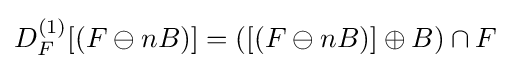
D_{F}^{(1)}[(F\ominus nB)]=([(F\ominus nB)]\oplus B)\cap F